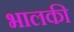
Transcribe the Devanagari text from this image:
भालकी